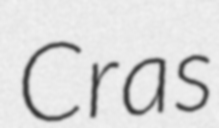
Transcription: Cras